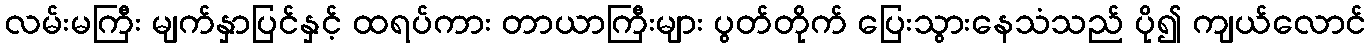
လမ်းမကြီး မျက်နှာပြင်နှင့် ထရပ်ကား တာယာကြီးများ ပွတ်တိုက် ပြေးသွားနေသံသည် ပို၍ ကျယ်လောင်